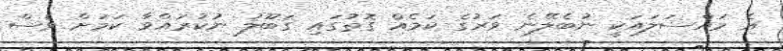
އެ މައްސަލައަކީ ނުބެލޭނެ ވަރުގެ ކަމެއް ގޮތުގައި ގަބޫލު ނުކުރައްވާ ކަމަށް ވެސް